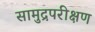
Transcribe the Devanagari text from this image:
सामुद्रपरीक्षण